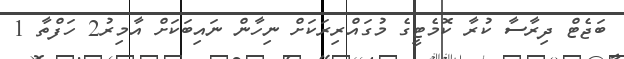
ބަޖެޓް ދިރާސާ ކުރާ ކޮމެޓީގެ މުގައްރިރަކަށް ނިހާން ނައިބަކަށް އާމިރު2 ހަފްތާ 1